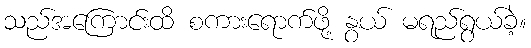
သည်အကြောင်းထိ စကားရောက်ဖို့ နွယ် မရည်ရွယ်ခဲ့။